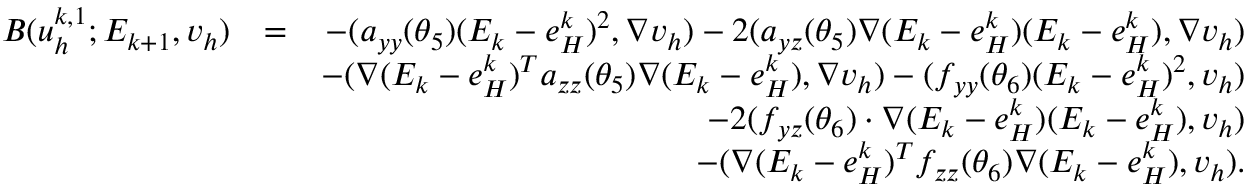
\begin{array} { r l r } { B ( u _ { h } ^ { k , 1 } ; E _ { k + 1 } , v _ { h } ) } & { = } & { - ( \boldsymbol { a } _ { y y } ( \theta _ { 5 } ) ( E _ { k } - e _ { H } ^ { k } ) ^ { 2 } , \nabla v _ { h } ) - 2 ( \boldsymbol { a } _ { y \boldsymbol { z } } ( \theta _ { 5 } ) \nabla ( E _ { k } - e _ { H } ^ { k } ) ( E _ { k } - e _ { H } ^ { k } ) , \nabla v _ { h } ) } \\ & { } & { - ( \nabla ( E _ { k } - e _ { H } ^ { k } ) ^ { T } \boldsymbol { a } _ { \boldsymbol { z z } } ( \theta _ { 5 } ) \nabla ( E _ { k } - e _ { H } ^ { k } ) , \nabla v _ { h } ) - ( f _ { y y } ( \theta _ { 6 } ) ( E _ { k } - e _ { H } ^ { k } ) ^ { 2 } , v _ { h } ) } \\ & { } & { - 2 ( f _ { y \boldsymbol { z } } ( \theta _ { 6 } ) \cdot \nabla ( E _ { k } - e _ { H } ^ { k } ) ( E _ { k } - e _ { H } ^ { k } ) , v _ { h } ) } \\ & { } & { - ( \nabla ( E _ { k } - e _ { H } ^ { k } ) ^ { T } f _ { \boldsymbol { z z } } ( \theta _ { 6 } ) \nabla ( E _ { k } - e _ { H } ^ { k } ) , v _ { h } ) . } \end{array}